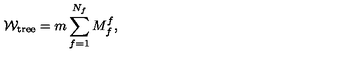
{ \cal W } _ { \mathrm { t r e e } } = m \sum _ { f = 1 } ^ { N _ { f } } M _ { f } ^ { f } ,